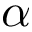
\alpha